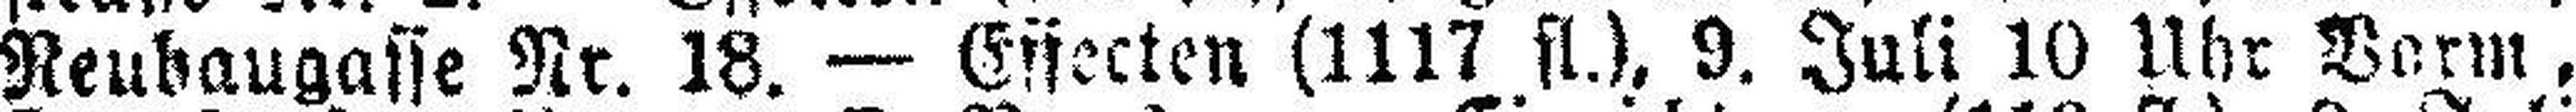
Reubaugasse Nr. 18. — Effecten (1117 fl.), 9. Juli 10 Uhr Vorm,